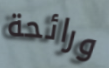
ورائحة